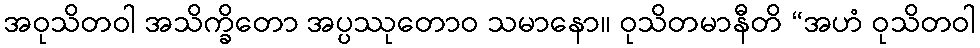
အဝုသိတဝါ အသိက္ခိတော အပ္ပဿုတောဝ သမာနော။ ဝုသိတမာနီတိ “အဟံ ဝုသိတဝါ